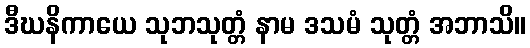
ဒီဃနိကာယေ သုဘသုတ္တံ နာမ ဒသမံ သုတ္တံ အဘာသိ။